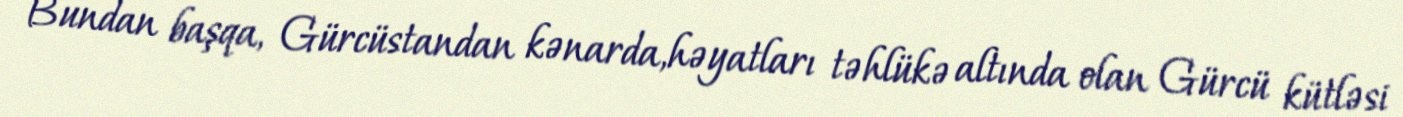
Bundan başqa, Gürcüstandan kənarda,həyatları təhlükə altında olan Gürcü kütləsi